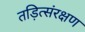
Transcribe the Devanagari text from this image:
तड़ित्संरक्षण